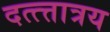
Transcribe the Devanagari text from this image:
दत्त्त्तात्रय